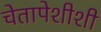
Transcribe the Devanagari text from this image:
चेतापेशीशी